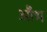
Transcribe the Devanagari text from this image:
औभ